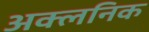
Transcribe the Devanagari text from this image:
अक्लनिक